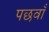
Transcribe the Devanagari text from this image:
पछवाँ